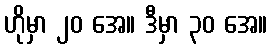
ဟိုမှာ ၂၀ အေ။ ဒီမှာ ၃၀ အေ။